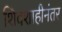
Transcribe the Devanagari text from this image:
शिवशाहीनंतर